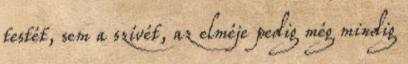
testét, sem a szívét, az elméje pedig még mindig